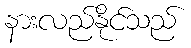
နားလည်နိုင်သည်